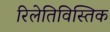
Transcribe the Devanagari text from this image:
रिलेतिविस्तिक